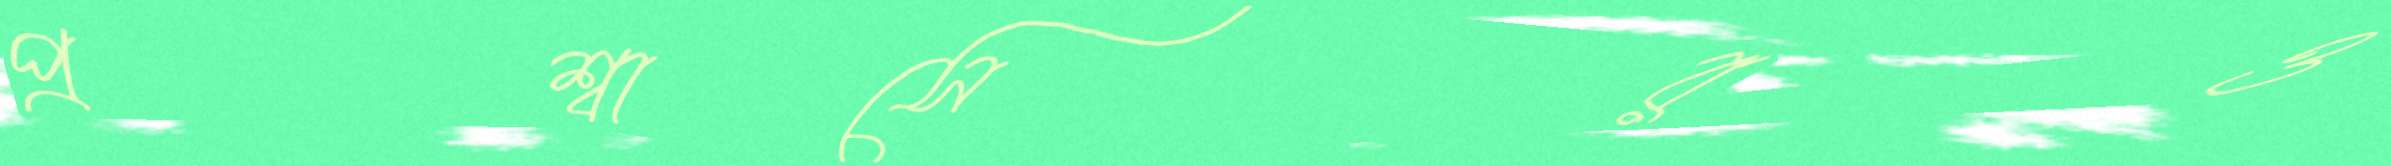
প্রশ্বাসেরও